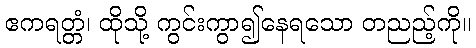
ဧကရတ္တံ၊ ထိုသို့ ကွင်းကွာ၍နေရသော တညည့်ကို။